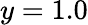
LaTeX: y=1.0